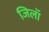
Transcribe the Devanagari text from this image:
जिलॉ